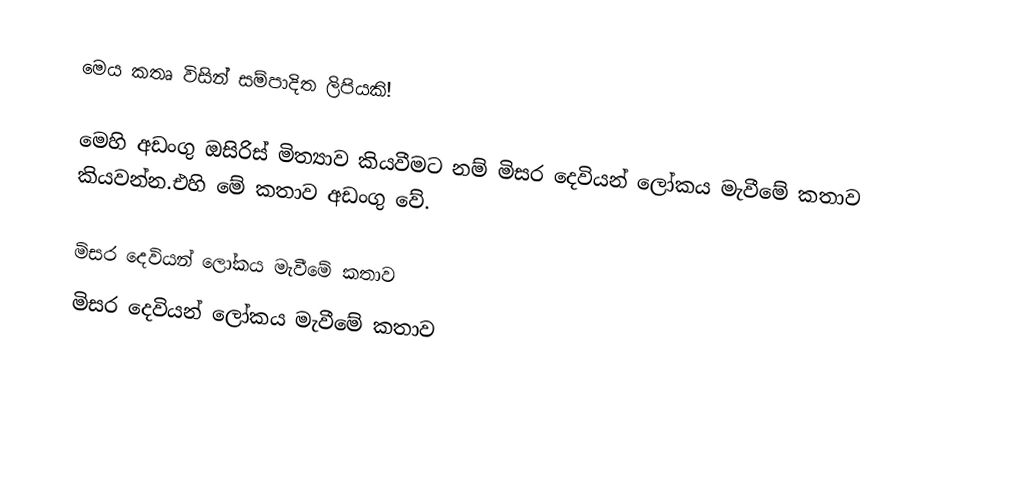
මෙය කතෘ විසින් සම්පාදිත ලිපියකි!

මෙහි අඩංගු ඔසිරිස් මිත්‍යාව කියවීමට නම් මිසර දෙවියන් ලෝකය මැවීමේ කතාව කියවන්න.එහි මේ කතාව අඩංගු වේ.

මිසර දෙවියන් ලෝකය මැවීමේ කතාව
මිසර දෙවියන් ලෝකය මැවීමේ කතාව